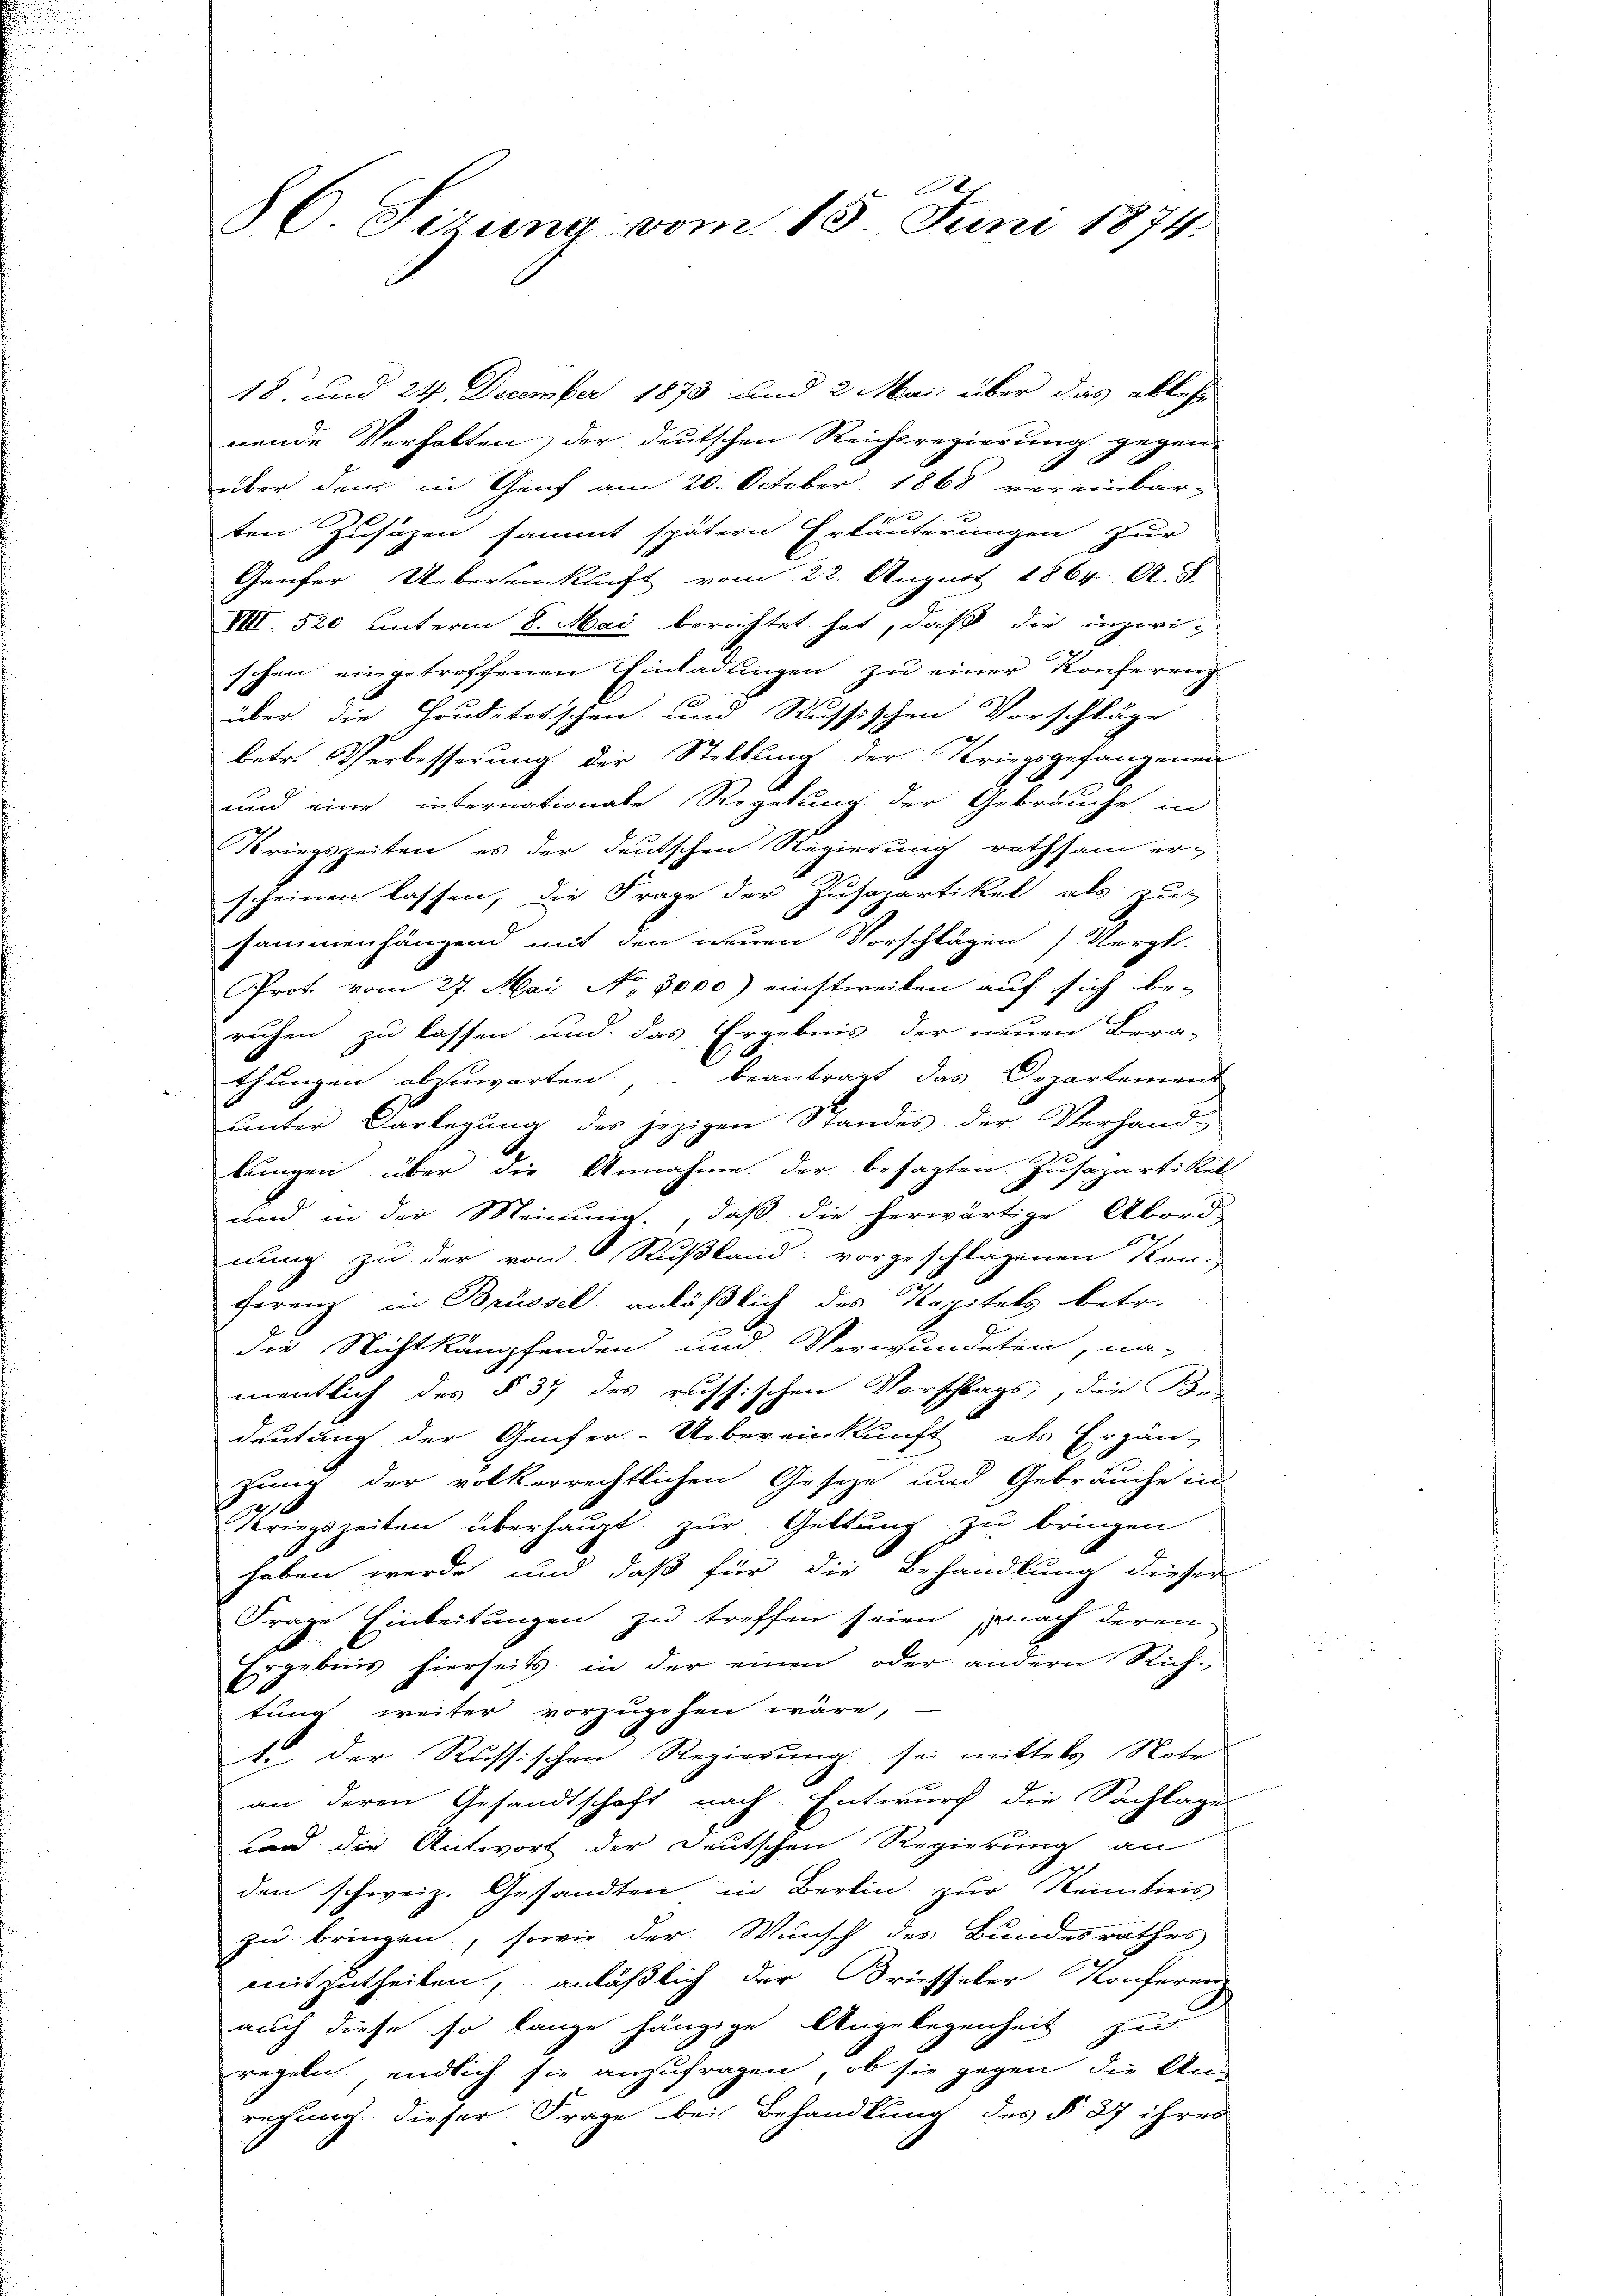
8C. Sizung vom 18. Juni 1874.

18. und 24 December 1873 und 2 Mai, über das ableh
nende Verhalten, der deutschen Reichsregierung gegen
über dem in Genf am 20. October 1868 vereinbar-
ten Zusazen sammt spätern Erläuterungen zur
Genfer Ueberanklicht vom 22. August 1864 A. S.
VIII 520 unterm 8. Mai berichtet hat, daß die inzwischen eingetroffenen Einladungen zu einer Konferenz
über die Houdetotschen und Russischen Vorschläge
betr. Verbesserung der Stellung der Kriegsgefangen
und eine internationale Regelung der Gebräuche in
Kriegszeiten, es der deutschen Regierung rathsam er-
scheinen lassen, die Frage der Zuschartikel als zu-
sammenhängend mit den neuen Vorschlägen Vergl.
Prot. vom 27. Mai No. 3000) einstweilen auf sich be-
ruhen zu lassen und das Ergebnis der neuen Bera-
thungen abzuwarten, – beantragt das Departement
unter Vorlegung des jezigen Standes der Verhandlungen über die Annahme der besagten Zusazartikel
und in der Meinung, daß die herwärtige Abord-
nung zu der von Rußland: vorgeschlagenen Kon
Ferenz in Brüssel anläßlich des Kapitels betr.
die Nichtkämpfenden und Verwundeten, na-
mentlich des § 37 des russischen Vorschlags, die Be-
deutung der Genfer-Uebereinkunft als Ergän-
zung der volkerrechtlichen Geseze und Gebräuche in
2
Kriegszeiten überhaupt zŭr Geltung zu bringen
haben werde und daß für die Behandlung dieser
Frage Einleitungen zu treffen seien, nach deren
Ergebnis hierseits in der einen oder andern Rich-
tung weiter vorzugehen wäre,
1. Der Russischen Regierung sei mittels Note
an deren Gesandtschaft nach Entwurf die Sachlage
unnd die Antwort der Deutschen Regierung an
den schweiz. Gesandten in Berlin zur Kenntnis
zu bringen, sowie der Wunsch des Bundesrathes
mitzutheilen, anläßlich der Brüsseler Konferenz
auch diese so lange hängige Angelegenheit zu
regeln, endlich sie anzufragen, ob sie gegen die An-
regung dieser Frage bei Behandlung des §. 37 ihres